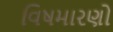
વિષમારણો